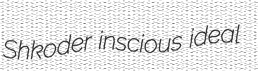
Shkoder inscious ideal